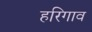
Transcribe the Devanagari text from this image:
हरिगाव